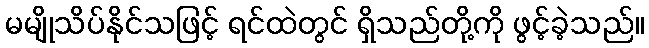
မမျိုသိပ်နိုင်သဖြင့် ရင်ထဲတွင် ရှိသည်တို့ကို ဖွင့်ခဲ့သည်။